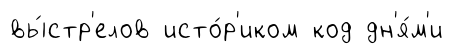
вы́стр'елов исто́р'иком код дн'я́м'и